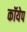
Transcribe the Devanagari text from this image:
कॉयेप